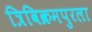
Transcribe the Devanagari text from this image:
त्रिविक्रमपुरला